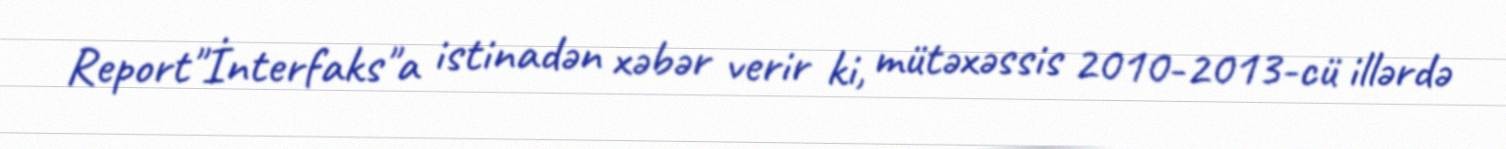
Report"İnterfaks"a istinadən xəbər verir ki, mütəxəssis 2010-2013-cü illərdə